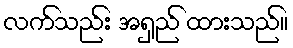
လက်သည်း အရှည် ထားသည်။